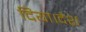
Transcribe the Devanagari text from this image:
दिया।देश